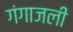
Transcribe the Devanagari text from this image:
गंगाजली